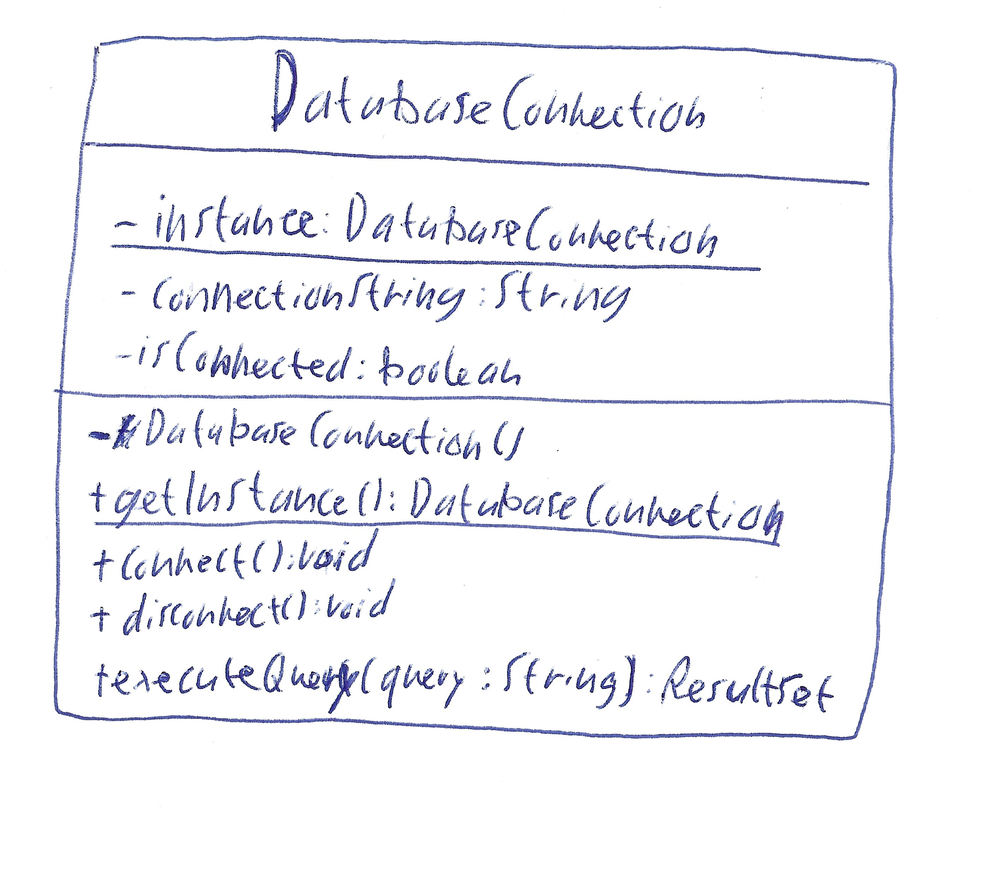
Diagram type: class_diagram
```plantuml
@startuml

class DatabaseConnection {
  - {static} instance: DatabaseConnection
  - connectionString: String
  - isConnected: boolean
  - DatabaseConnection()
  + {static} getInstance(): DatabaseConnection
  + connect(): void
  + disconnect(): void
  + executeQuery(query: String): ResultSet
}

@enduml
```